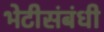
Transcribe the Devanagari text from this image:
भेटीसंबंधी